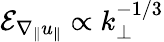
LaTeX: \mathcal{E}_{\nabla_{\| }u_{\| }}\propto k_{\perp}^{-1/3}